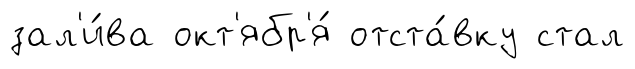
зал'и́ва окт'ябр'я́ отста́вку стал